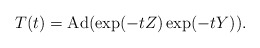
\begin{align*} T(t)=\operatorname{Ad}(\exp(-tZ)\exp(-tY)).\end{align*}